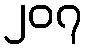
၂၀၇